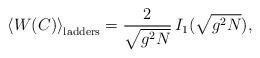
LaTeX: \begin{align*}\left< W(C)\right>_{\rm ladders}=\frac{2}{\sqrt{g^2N}}\,I_1(\sqrt{g^2N}),\end{align*}